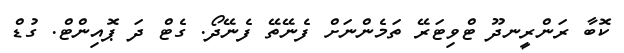
ކޮބާ ރަންރީނދޫ ޓްވިޓަރޭ ތަމެންނަށް ފެނޭތޭ ފެނޭދޯ. ގެޓް ދަ ޕޮއިންޓް. ގުޑް